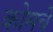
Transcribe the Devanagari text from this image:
कोमचे